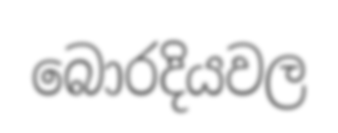
බොරදියවල